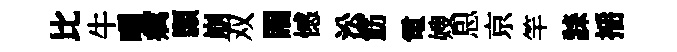
比牛嚅癘顥崩双閙憾㳂筋電嫂㤙京竿誄揺